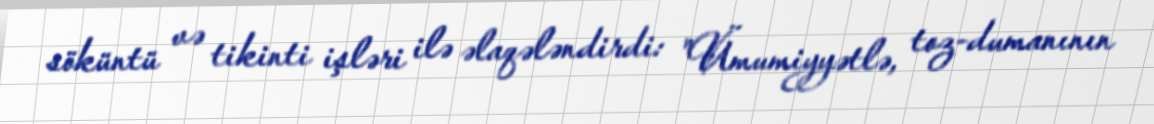
söküntü və tikinti işləri ilə əlaqələndirdi: "Ümumiyyətlə, toz-dumanının